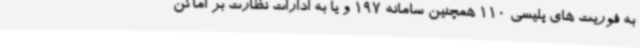
به فوریت های پلیسی 110 همچنین سامانه 197 و یا به ادارات نظارت بر اماکن